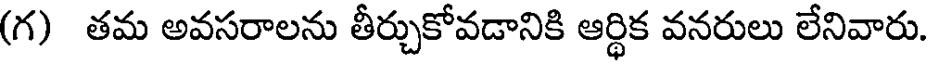
(గ) తమ అవసరాలను తీర్చుకోవడానికి ఆర్థిక వనరులు లేనివారు.